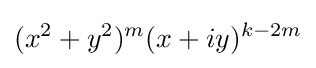
(x^{2}+y^{2})^{m}(x+iy)^{k-2m}